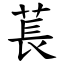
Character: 萇